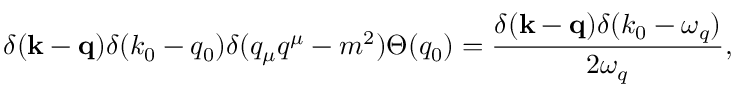
\delta ( { \bf k } - { \bf q } ) \delta ( k _ { 0 } - q _ { 0 } ) \delta ( q _ { \mu } q ^ { \mu } - m ^ { 2 } ) \Theta ( q _ { 0 } ) = \frac { \delta ( { \bf k } - { \bf q } ) \delta ( k _ { 0 } - \omega _ { q } ) } { 2 \omega _ { q } } ,